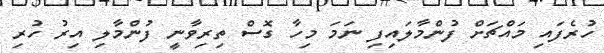
ހުރެފައި މައްޗަށް ފުންމާލައިފި ނަމަ މިހާ ގޮސް ތިރިވާނީ ފުންމާލި އިރު ހުރި